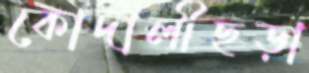
কোদালীছড়া